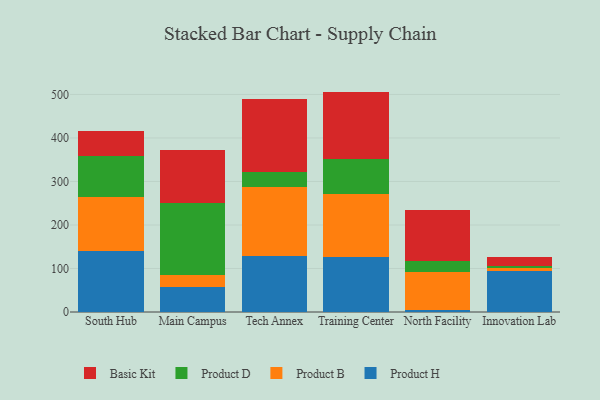
{"axis": {"x": "Campus", "y": "Operating Costs (USD K)"}, "legend": ["Basic Kit", "Product B", "Product D", "Product H"], "data": [{"x": "South Hub", "y": 140.8, "type": "Product H"}, {"x": "South Hub", "y": 124.4, "type": "Product B"}, {"x": "South Hub", "y": 92.6, "type": "Product D"}, {"x": "South Hub", "y": 58.8, "type": "Basic Kit"}, {"x": "Main Campus", "y": 56.9, "type": "Product H"}, {"x": "Main Campus", "y": 27.1, "type": "Product B"}, {"x": "Main Campus", "y": 166.3, "type": "Product D"}, {"x": "Main Campus", "y": 123.1, "type": "Basic Kit"}, {"x": "Tech Annex", "y": 128.5, "type": "Product H"}, {"x": "Tech Annex", "y": 159.5, "type": "Product B"}, {"x": "Tech Annex", "y": 34.1, "type": "Product D"}, {"x": "Tech Annex", "y": 166.8, "type": "Basic Kit"}, {"x": "Training Center", "y": 127.2, "type": "Product H"}, {"x": "Training Center", "y": 142.9, "type": "Product B"}, {"x": "Training Center", "y": 82.1, "type": "Product D"}, {"x": "Training Center", "y": 154.4, "type": "Basic Kit"}, {"x": "North Facility", "y": 5.7, "type": "Product H"}, {"x": "North Facility", "y": 86.4, "type": "Product B"}, {"x": "North Facility", "y": 26.1, "type": "Product D"}, {"x": "North Facility", "y": 116.6, "type": "Basic Kit"}, {"x": "Innovation Lab", "y": 93.7, "type": "Product H"}, {"x": "Innovation Lab", "y": 7.7, "type": "Product B"}, {"x": "Innovation Lab", "y": 5.4, "type": "Product D"}, {"x": "Innovation Lab", "y": 20.7, "type": "Basic Kit"}]}